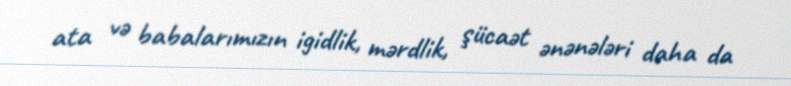
ata və babalarımızın igidlik, mərdlik, şücaət ənənələri daha da